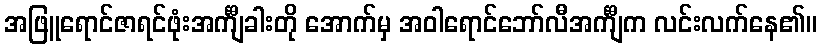
အဖြူရောင်ဇာရင်ဖုံးအင်္ကျီခါးတို အောက်မှ အဝါရောင်ဘော်လီအင်္ကျီက လင်းလက်နေ၏။